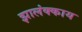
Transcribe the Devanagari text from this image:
झालंक्काय